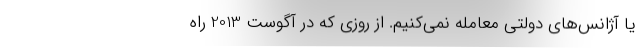
یا آژانس‌های دولتی معامله نمی‌کنیم. از روزی که در آگوست 2013 راه